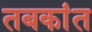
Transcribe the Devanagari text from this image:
तबकांत